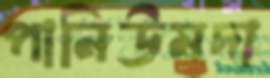
পানিউমদা